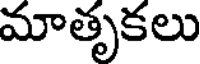
మాతృకలు